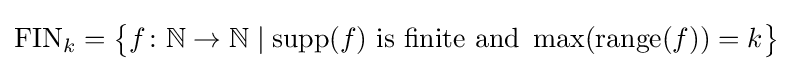
\mathrm {FIN} _{k}={\big \{}f\colon \mathbb {N} \to \mathbb {N} \mid \operatorname {supp} (f){\text{ is finite and }}\max(\operatorname {range} (f))=k{\big \}}